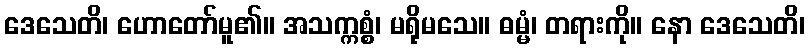
ဒေသေတိ၊ ဟောတော်မူ၏။ အသက္ကစ္စံ၊ မရိုမသေ။ ဓမ္မံ၊ တရားကို။ နော ဒေသေတိ၊